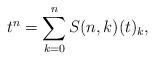
LaTeX: \begin{align*} t^n = \sum_{k=0}^{n} S(n,k)(t)_k,\end{align*}